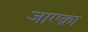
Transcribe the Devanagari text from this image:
जाएक़ा